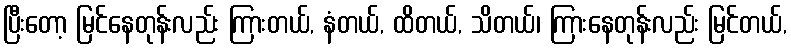
ပြီးတော့ မြင်နေတုန်းလည်း ကြားတယ်, နံတယ်, ထိတယ်, သိတယ်၊ ကြားနေတုန်းလည်း မြင်တယ်,